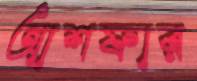
আশফার